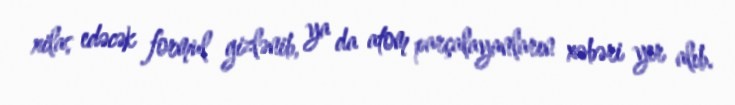
xilas edəcək formul gizlənib, ya da atom parçalayanların xəbəri yer alıb.